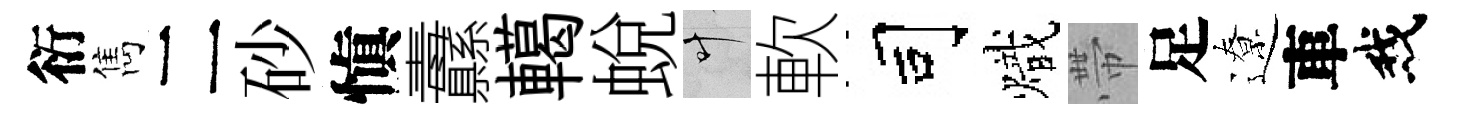
衍雋二砂愼纛轕蛻叶軟司熾帶足遼車我